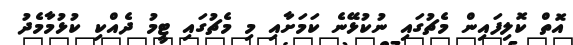
އޮތް ކޮލިފައިން މެޗުގައި ނުކުޅޭނެ ކަމަށާއި މި މެޗުގައި ޓީމު ދެއްކި ކުޅުމާމެދު